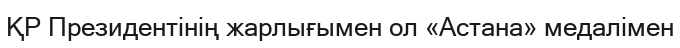
ҚР Президентінің жарлығымен ол «Астана» медалімен